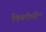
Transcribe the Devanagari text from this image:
किलोमी॰